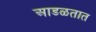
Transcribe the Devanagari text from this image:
अाडळतात